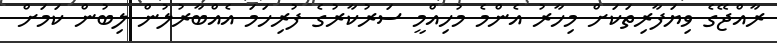
ރާއްޖޭގެ ވިޔަފާރިތަކަށް މިހާރު އެންމެ މުހިއްމީ ސަރުކާރުގެ ފުރިހަމަ އެއްބާރުލުން ލިބުން ކަމަށް